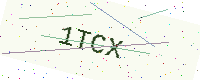
Text: 1TCX